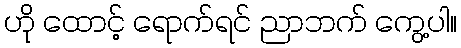
ဟို ထောင့် ရောက်ရင် ညာဘက် ကွေ့ပါ။